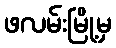
ဖလမ်းမြို့မှ